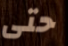
حتى